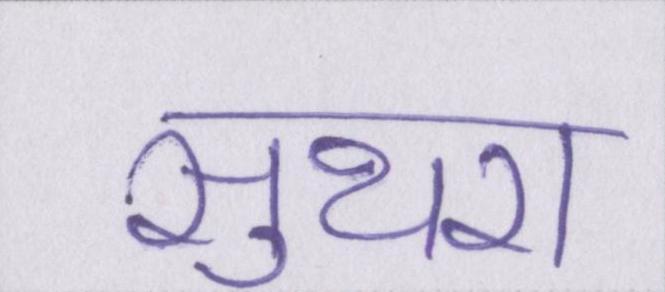
सुथरा